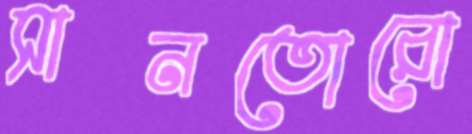
সানতোরো